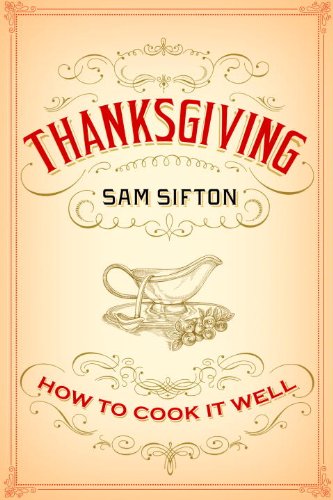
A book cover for Thanksgiving; Sam Sifton; Cookbooks, Food & Wine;